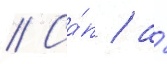
// Са́п / а́